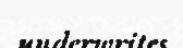
underwrites